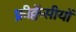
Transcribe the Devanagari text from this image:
फ्रीक्वेंसीयों